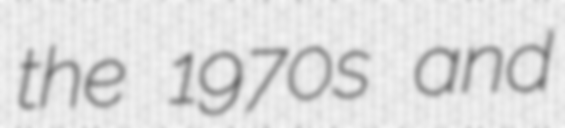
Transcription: the 1970s and